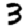
Digit: 3